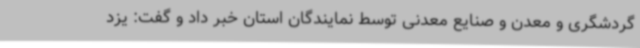
گردشگری و معدن و صنایع معدنی توسط نمایندگان استان خبر داد و گفت: یزد